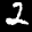
Label: 2